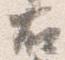
右